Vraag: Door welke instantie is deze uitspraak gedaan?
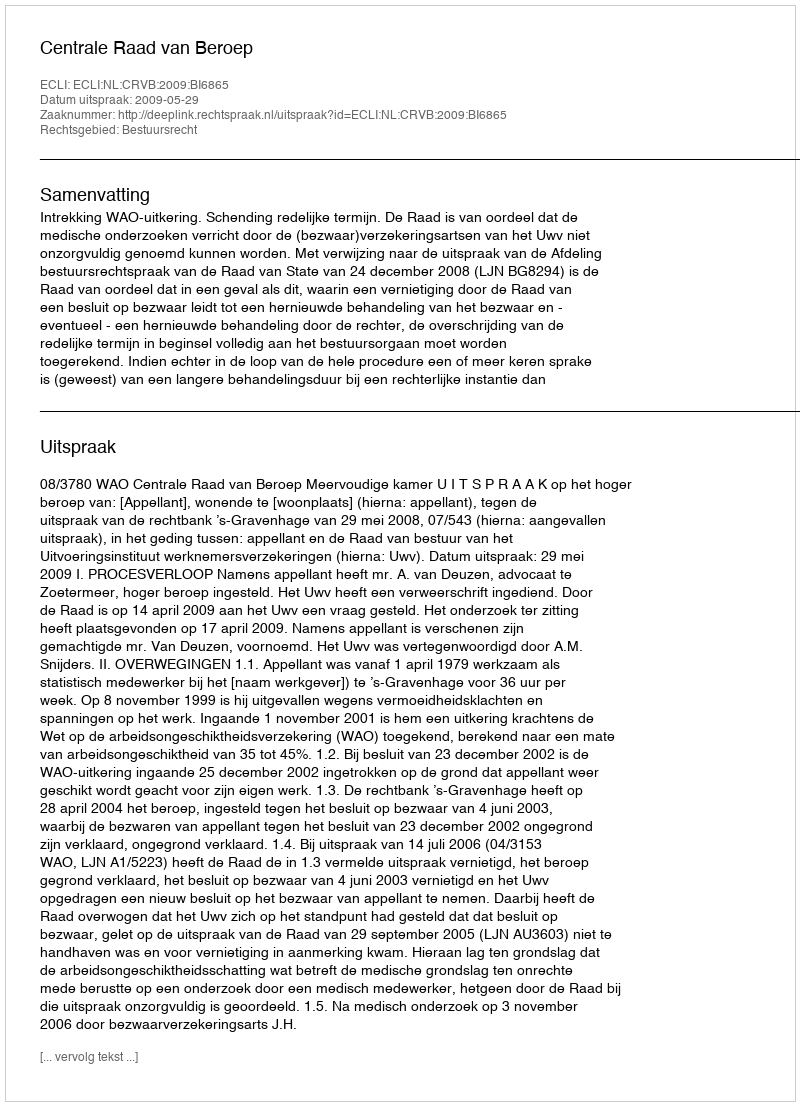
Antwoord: Centrale Raad van Beroep